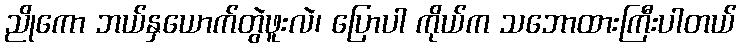
ညိုကော ဘယ်နှယောက်တွဲဖူးလဲ၊ ပြောပါ ကိုယ်က သဘောထားကြီးပါတယ်